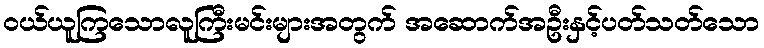
ဝယ်ယူကြသောလူကြီးမင်းများအတွက် အဆောက်အဦးနှင့်ပတ်သတ်သော